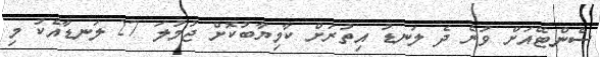
ސެންޓޭއަށް ވުރެ ދެ ލަނޑު އިތުރަށް ކާމިޔާބުކޮށް ޖުމުލަ 27 ލަނޑާއެކު މި